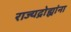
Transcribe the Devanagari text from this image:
राज्यद्रोह्यांना